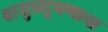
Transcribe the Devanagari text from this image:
वायुप्रदूषणाचा